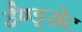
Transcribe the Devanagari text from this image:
हैण्ड्सेट